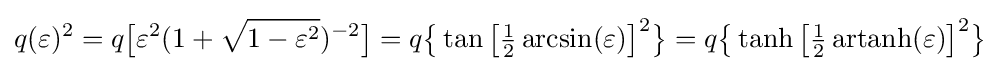
q(\varepsilon )^{2}=q{\bigl [}\varepsilon ^{2}(1+{\sqrt {1-\varepsilon ^{2}}})^{-2}{\bigr ]}=q{\bigl \{}\tan {\bigl [}{\tfrac {1}{2}}\arcsin(\varepsilon ){\bigr ]}^{2}{\bigr \}}=q{\bigl \{}\operatorname {tanh} {\bigl [}{\tfrac {1}{2}}\operatorname {artanh} (\varepsilon ){\bigr ]}^{2}{\bigr \}}